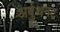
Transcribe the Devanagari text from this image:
अर्बुथनट